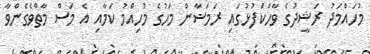
މުހައްމަދު ރަޝީދުގެ ވާހަކަފުޅުގައި ރަމަޟާން މަހުގެ މުހިއްމު ކަމާއި އެ މަސް މާތްވެގެންވާ